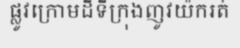
ផ្លូវក្រោមដីទីក្រុងញូវយ៉ករត់